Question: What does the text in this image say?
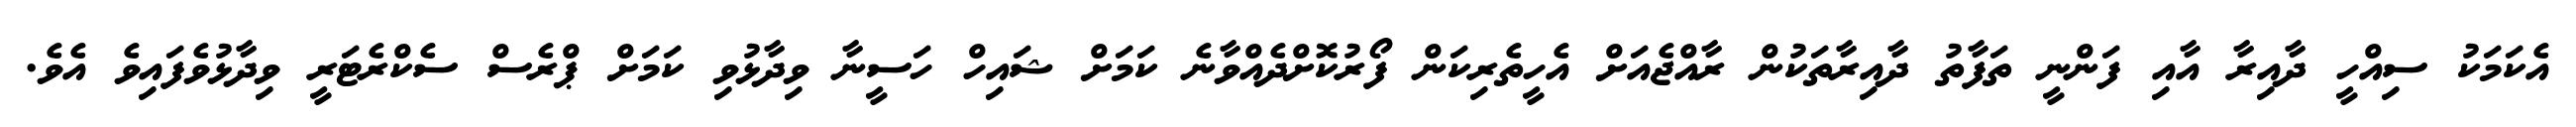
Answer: އެކަމަކު ސިއްހީ ދާއިރާ އާއި ފަންނީ ތަފާތު ދާއިރާތަކުން ރާއްޖެއަށް އެހީތެރިކަން ފޯރުކޮށްދެއްވާނެ ކަމަށް ޝައިހް ހަސީނާ ވިދާޅުވި ކަމަށް ޕްރެސް ސެކްރެޓަރީ ވިދާޅުވެފައިވެ އެވެ.